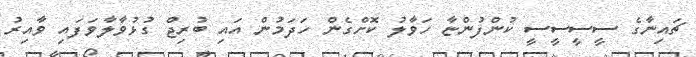
ޗައިނާގެ ސީސީސީސީ ކުންފުންޏާ ހަވާލު ކޮށްގެން ހަދަމުން އައި ބުރިޖް ގުޅުވާލާވަފައި ވާއިރު